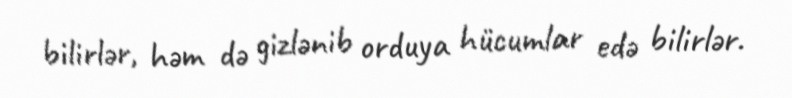
bilirlər, həm də gizlənib orduya hücumlar edə bilirlər.